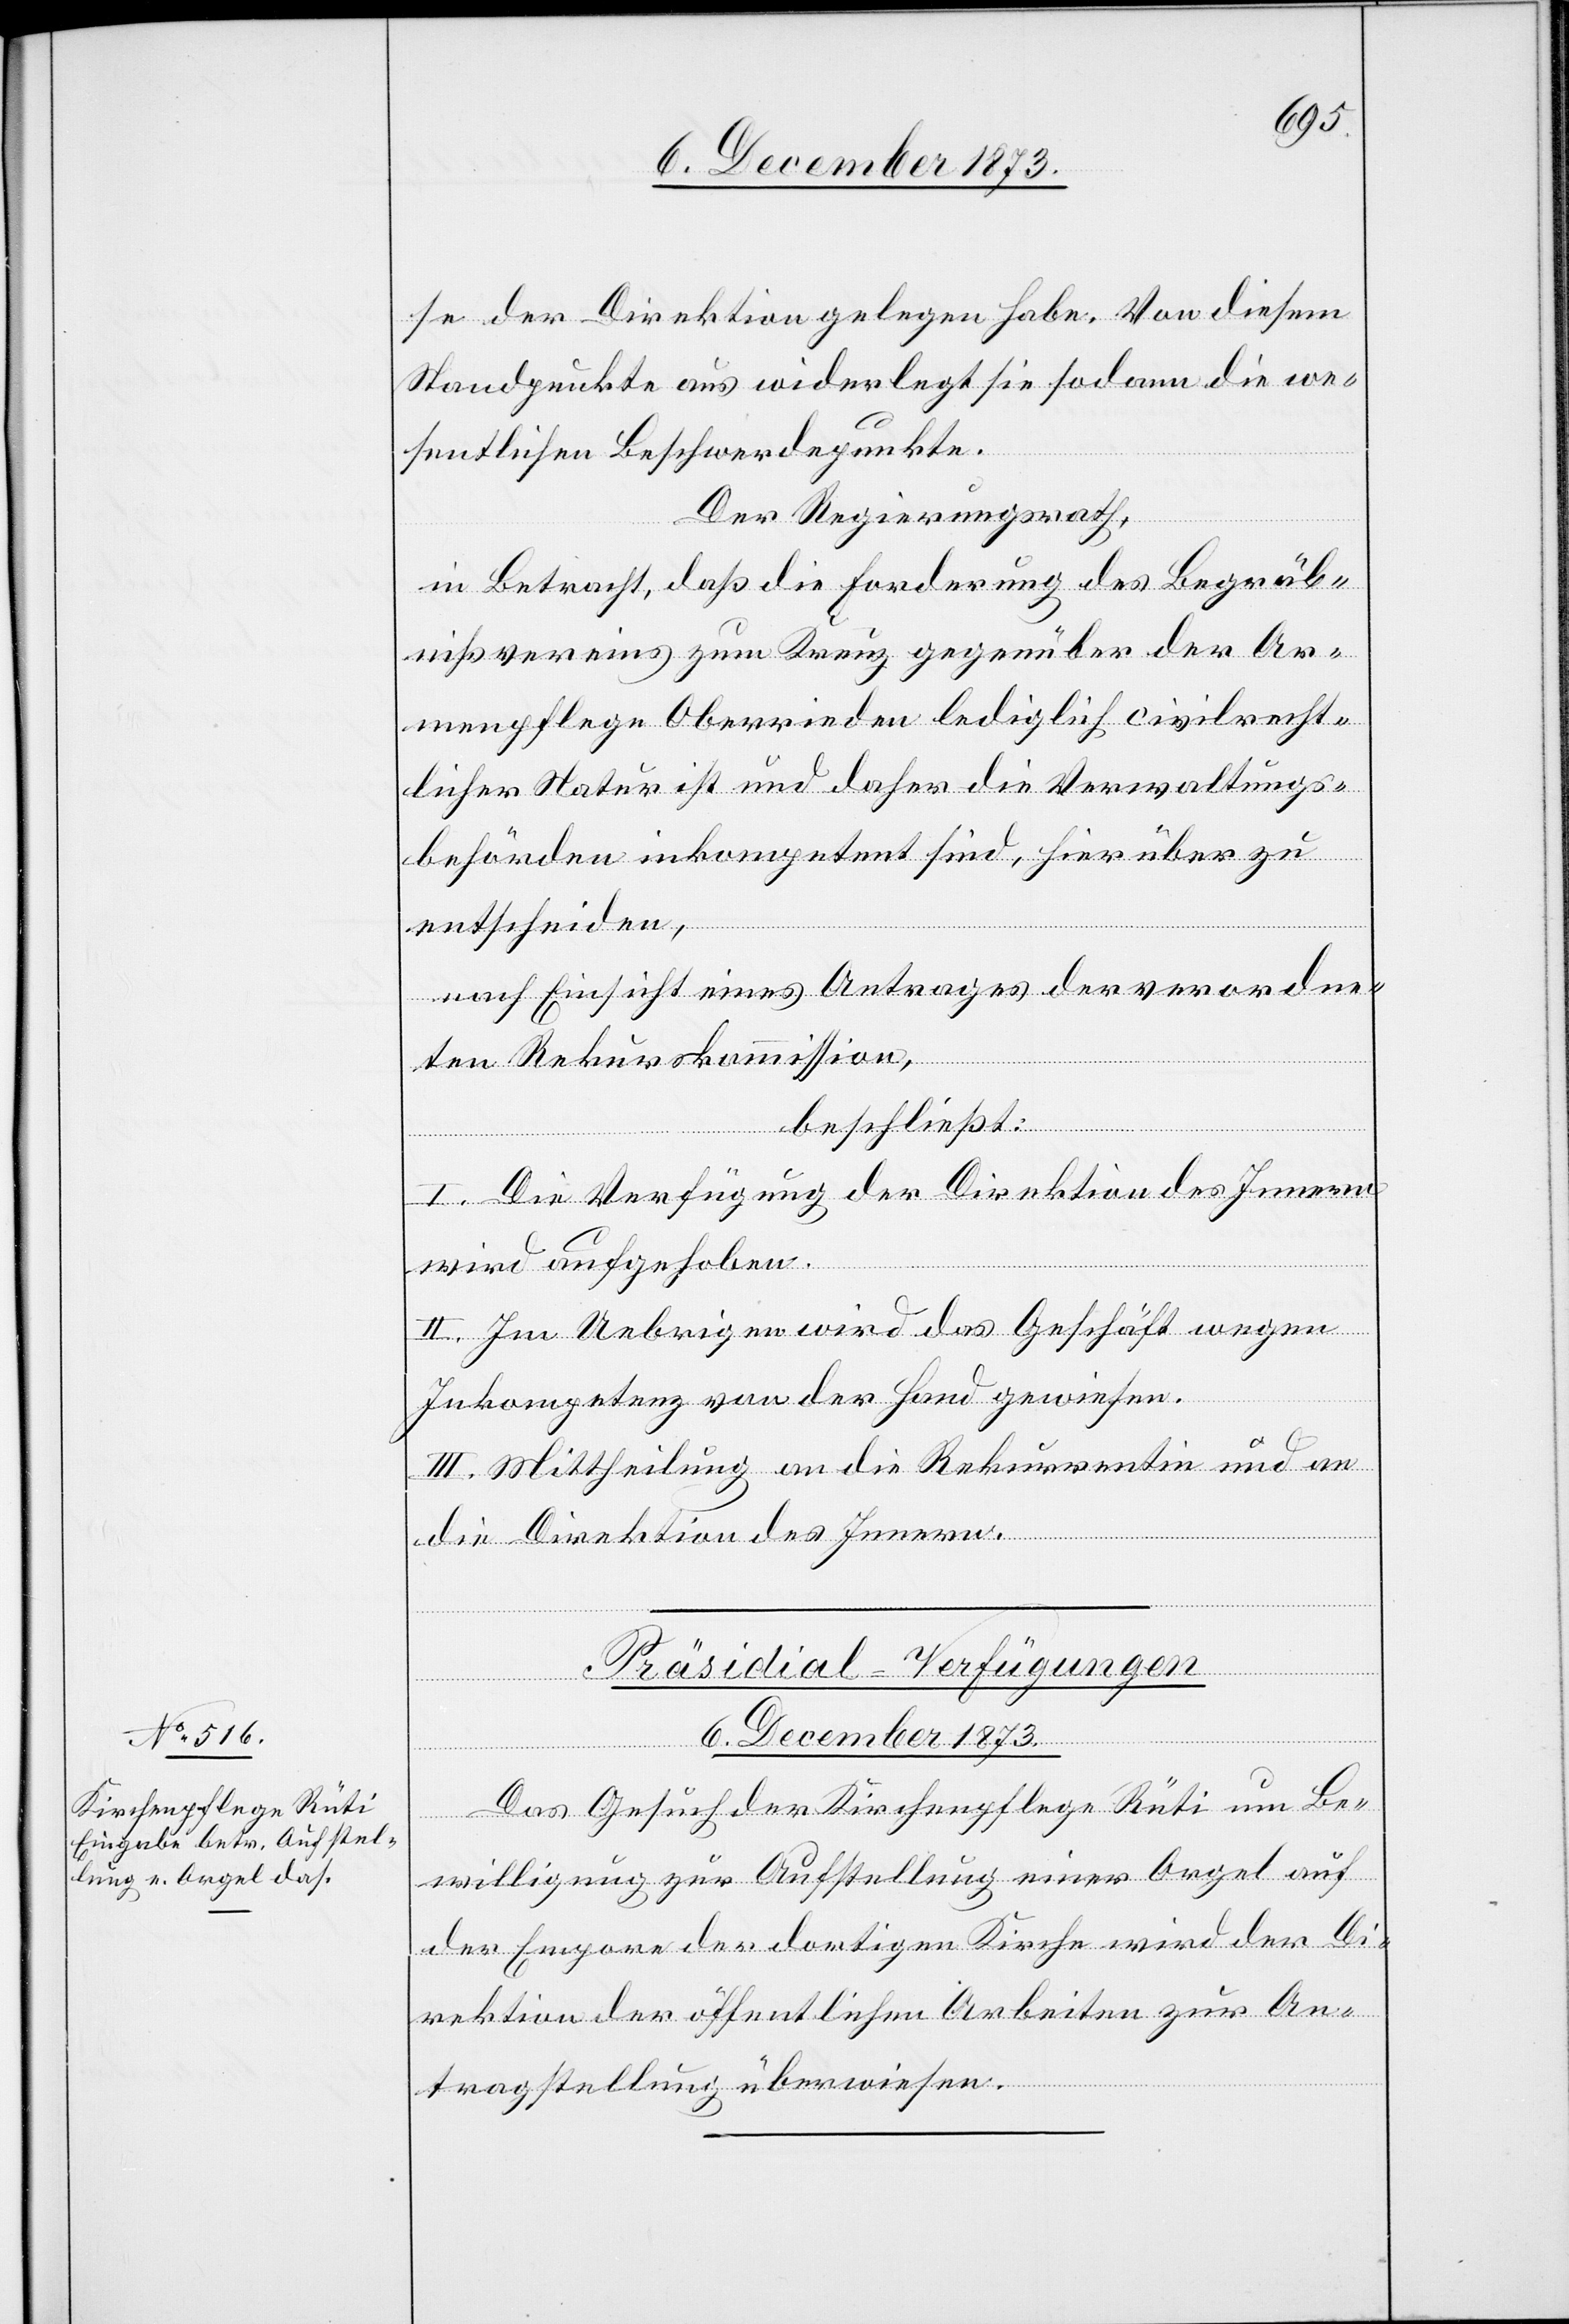
6. December 1873.
se der Direktion gelegen habe. Von diesem
Standpunkte aus widerlegt sie sodann die we¬
sentlichen Beschwerdepunkte.
Der Regierungsrath,
in Betracht, daß die Forderung des Begräb¬
nißvereins zum Kreuz gegenüber der Ar¬
menpflege Oberrieden lediglich civilrecht¬
licher Natur ist und daher die Verwaltungs¬
behörden inkompetent sind, hierüber zu
entscheiden,
nach Einsicht eines Antrages der verord¬
ne¬
ten Rekurskommission,
beschließt:
I. Die Verfügung der Direktion des Innern
wird aufgehoben.
II. Im Uebrigen wird das Geschäft wegen
Inkompetenz von der Hand gewiesen.
III. Mittheilung an die Rekurrentin und an
die Direktion des Innern.
Präsidial-Verfügungen
Das Gesuch der Kirchenpflege Rüti um Be¬
willigung zur Aufstellung einer Orgel auf
der Empore der dortigen Kirche wird der Di¬
rektion der öffentlichen Arbeiten zur An¬
tragstellung überwiesen.